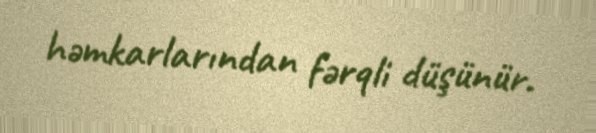
həmkarlarından fərqli düşünür.